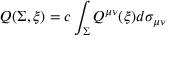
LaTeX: Q ( \Sigma , \xi ) = c \int _ { \Sigma } Q ^ { \mu \nu } ( \xi ) d \sigma _ { \mu \nu }